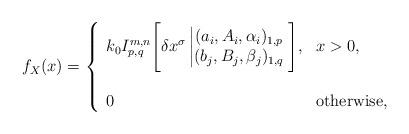
LaTeX: \begin{align*}f_X(x) =\left\{\begin{array}{ll} k_0I^{m,n}_{p,q}\Bigg[\delta x^{\sigma}\left|\begin{matrix} (a_i,A_i,\alpha_i)_{1,p}\\ (b_j,B_j,\beta_j)_{1,q} \end{matrix}\right.\Bigg], & \mbox{} x>0,\\\\0 & \mbox{} \mathrm{otherwise},\end{array}\right.\end{align*}